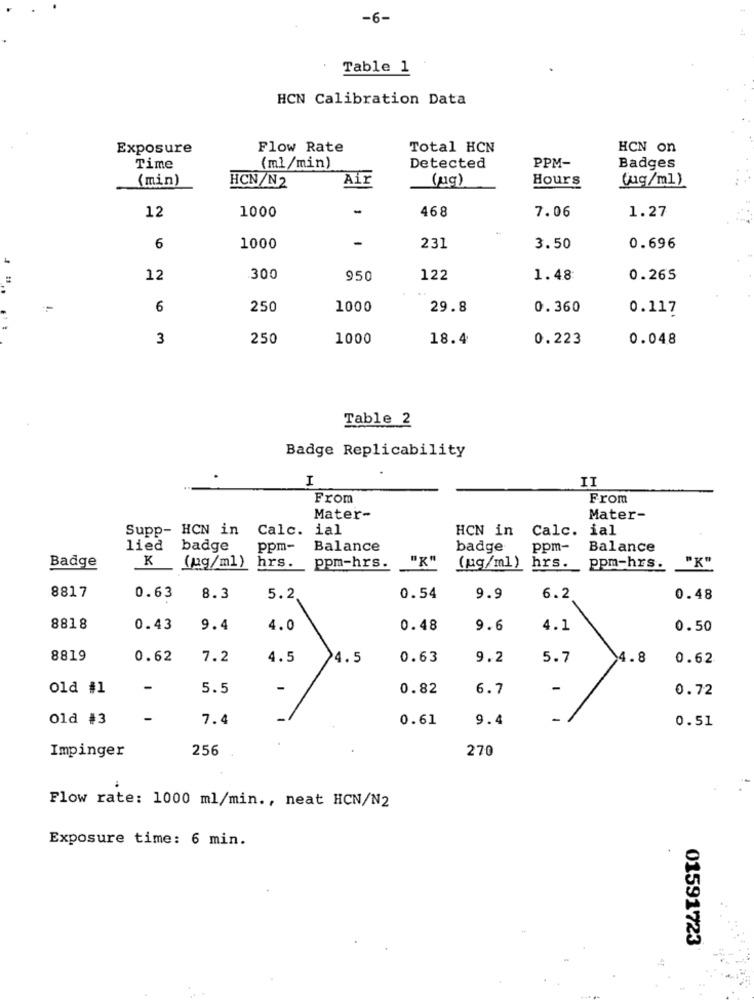
-6-
Table 1
HCN Calibration Data
Exposure
Flow Rate
Total HCN
HCN on
Time
(ml/min)
Detected
PPM-
Badges
(min)
HCN/N2
Air
(ug)
Hours
(ug/ml)
12
1000
-
468
7.06
1.27
6
1000
231
3.50
0.696
12
.300
950
122
1.48
0.265
=
6
250
1000
29.8
0.360
0.117
3
250
1000
18.4
0.223
0.048
Table 2
Badge Replicability
I
II
From
From
Mater-
Mater-
Supp- HCN in
Calc.
ial
HCN in Calc. ial
lied
badge
ppm-
Balance
badge
ppm-
Balance
K
Badge
(pg/ml)
hrs.
ppm-hrs.
"K"
(jug/ml )
hrs.
ppm-hrs.
"K"
8817
0.63
8.3
5.2
0.54
9.9
6.2
0.48
8818
0.43
9.4
4.0
0.48
9.6
4.1
0.50
8819
0.62
7.2
4.5
4.5
0.63
9.2
5.7
4.8
0.62
Old #1
-
5.5
0.82
6.7
-
0.72
Old #3
-
7.4
0.61
9.4
0.51
Impinger
256
270
Flow rate: 1000 ml/min ., neat HCN/N2
Exposure time: 6 min.
01591723